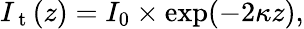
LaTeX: I_{\mathrm{~t~}}(z)=I_{0}\times\exp(-2\kappa z),